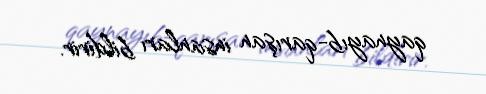
qaynayıb-qarışan insanları bildirir.